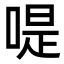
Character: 㖷